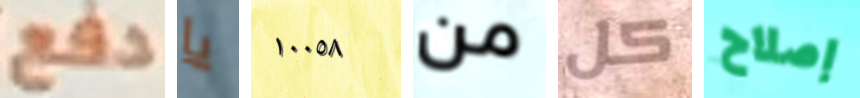
دفع يا ١٠٠٥٨ من كل إصلاح